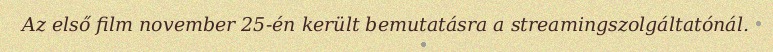
Az első film november 25-én került bemutatásra a streamingszolgáltatónál.